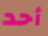
أحد